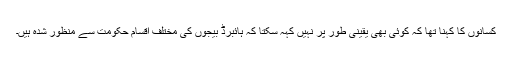
کسانوں کا کہنا تھا کہ کوئی بھی یقینی طور پر نہیں کہہ سکتا کہ ہائبرڈ بیجوں کی مختلف اقسام حکومت سے منظور شدہ ہیں۔